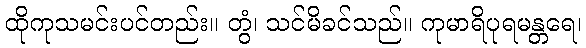
ထိုကုသမင်းပင်တည်း။ တွံ၊ သင်မိခင်သည်။ ကုမာရိပုရမန္တရေ၊